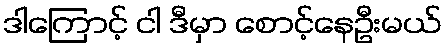
ဒါကြောင့် ငါ ဒီမှာ စောင့်နေဦးမယ်